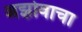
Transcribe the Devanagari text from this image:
अझोवाचा